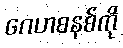
ဂေဟစနစ်ကို